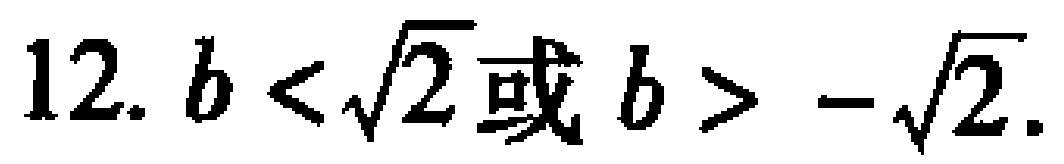
12. \(b < \sqrt{2}\)或\(b > -\sqrt{2}\)